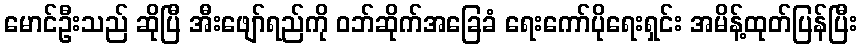
မောင်ဦးသည် ဆိုပြီ အီးဖျော်ရည်ကို ဝဘ်ဆိုက်အခြေခံ ရေးကော်ပိုရေးရှင်း အမိန့်ထုတ်ပြန်ပြီး